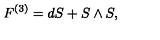
F ^ { ( 3 ) } = d S + S \wedge S ,